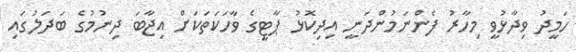
ހަމީދު ވިދާޅުވީ މިހާރު ފެންނަމުންދަނީ އިދިކޮޅު ޕާޓީގެ ވާހަކަތަކަށް އިޖާބަ ދިނުމުގެ ބަދަލުގައި